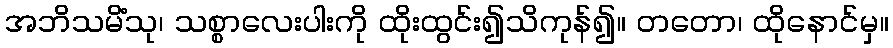
အဘိသမိံသု၊ သစ္စာလေးပါးကို ထိုးထွင်း၍သိကုန်၍။ တတော၊ ထိုနောင်မှ။